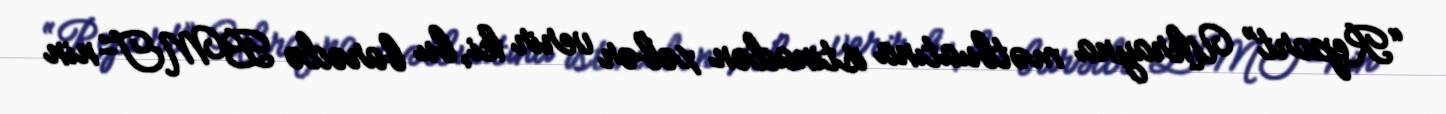
“Report” Ukrayna mətbuatına istinadən xəbər verir ki, bu barədə BMT-nin